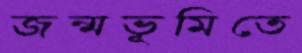
জন্মভূমিতে